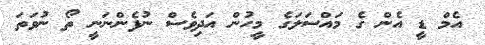
އެމް ޑީ އެން ގެ މައްސަލަގެ މީހުން އަދިވެސް ނުފެންނަނީ ތޯ ނުވަތަ